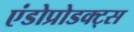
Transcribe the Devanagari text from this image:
एंडोप्रोडक्ट्स